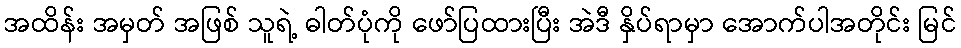
အထိန်း အမှတ် အဖြစ် သူရဲ့ ဓါတ်ပုံကို ဖော်ပြထားပြီး အဲဒီ နှိပ်ရာမှာ အောက်ပါအတိုင်း မြင်